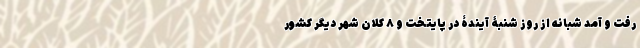
رفت و آمد شبانه از روز شنبۀ آیندۀ در پایتخت و ٨ کلان شهر دیگر کشور